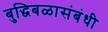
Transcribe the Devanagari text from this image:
बुद्धिबळासंबंधी